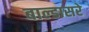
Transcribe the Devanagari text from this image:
बाल्डासरे